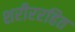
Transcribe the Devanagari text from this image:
शरीररहित